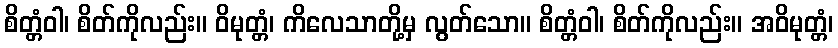
စိတ္တံဝါ၊ စိတ်ကိုလည်း။ ဝိမုတ္တံ၊ ကိလေသာတို့မှ လွတ်သော။ စိတ္တံဝါ၊ စိတ်ကိုလည်း။ အဝိမုတ္တံ၊